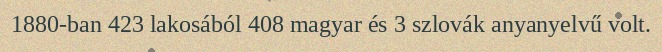
1880-ban 423 lakosából 408 magyar és 3 szlovák anyanyelvű volt.